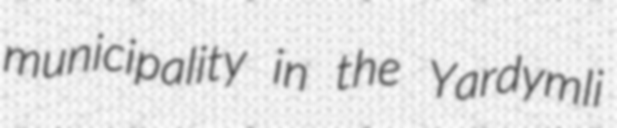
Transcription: municipality in the Yardymli